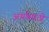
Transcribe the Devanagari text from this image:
अर्थासाठी